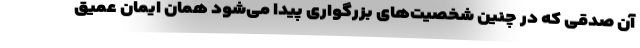
آن صدقی که در چنین شخصیت‌های بزرگواری پیدا می‌شود همان ایمان عمیق